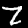
Label: 7